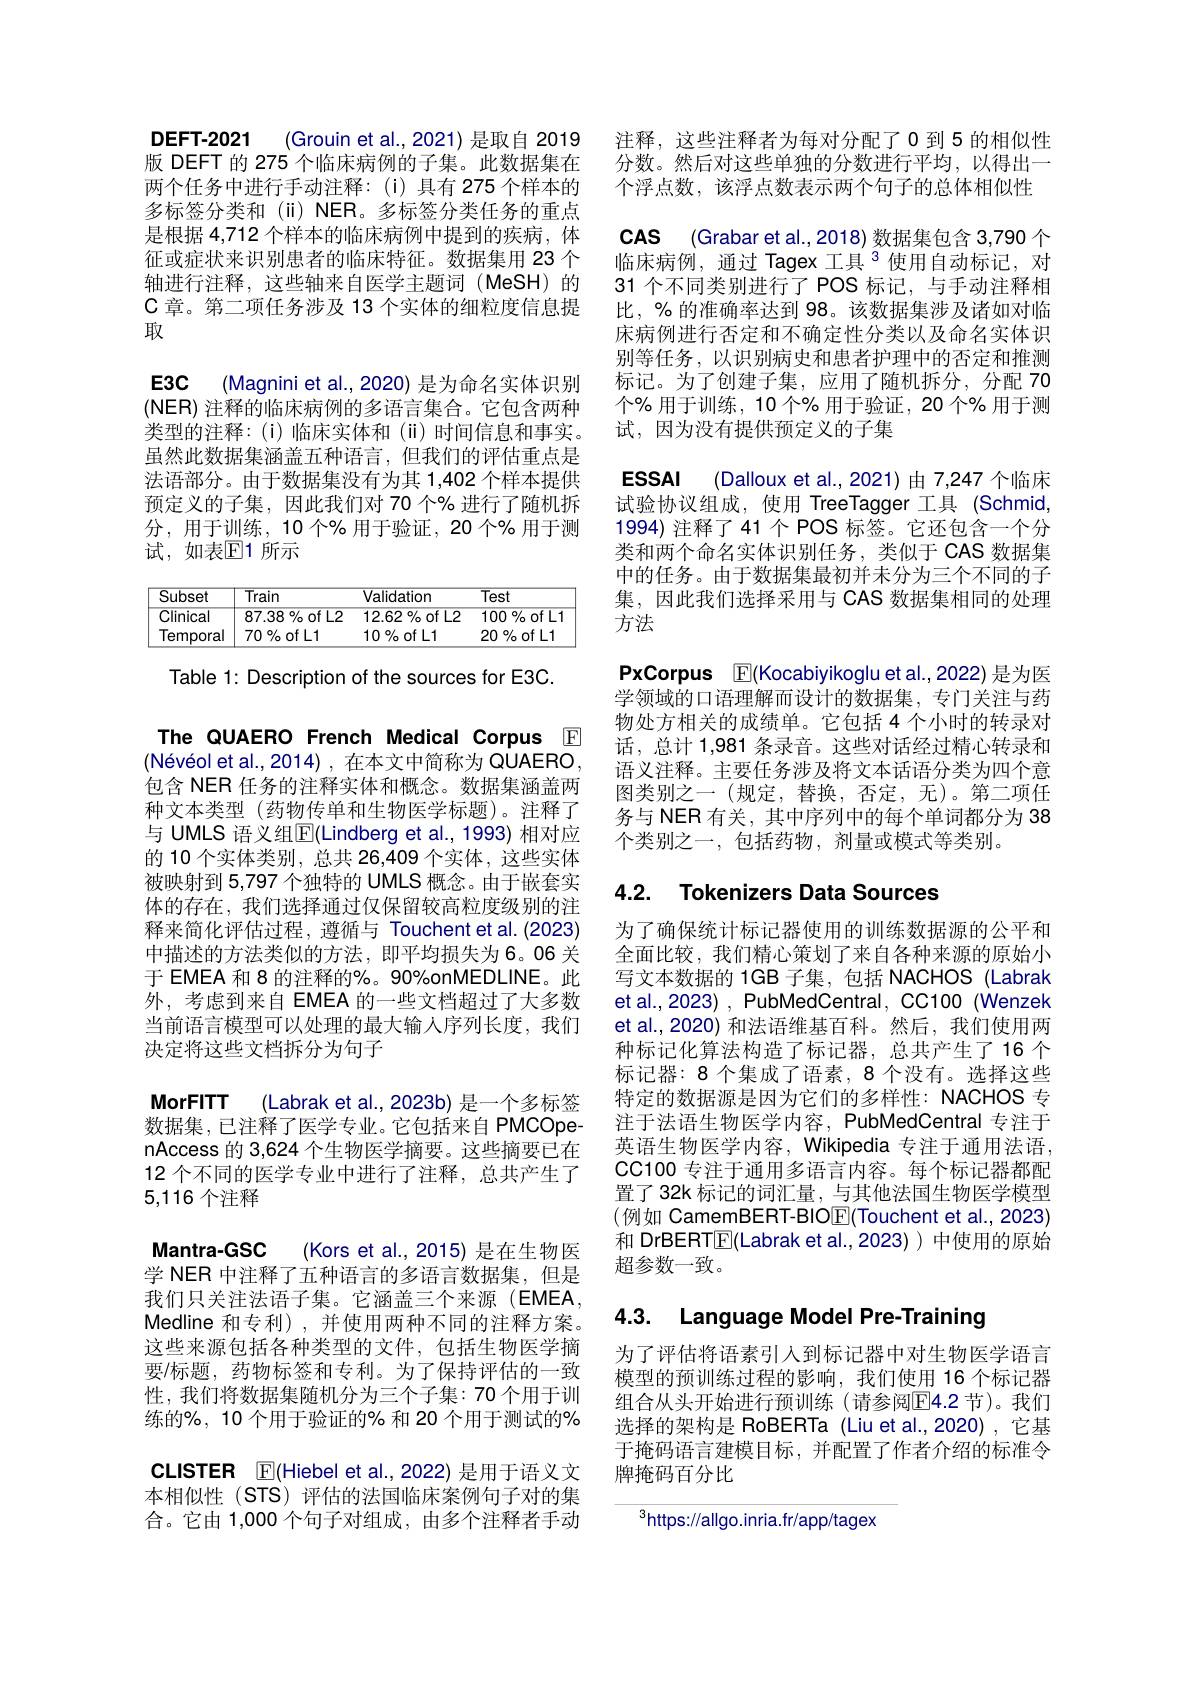
DEFT-2021 (Grouin et al.,2021) 是取自 2019版 DEFT 的 275 个临床病例的子集。此数据集在两个任务中进行手动注释：(i)具有 275 个样本的多标签分类和(ii)NER。多标签分类任务的重点是根据 4,712 个样本的临床病例中提到的疾病，体征或症状来识别患者的临床特征。数据集用 23 个轴进行注释，这些轴来自医学主题词(MeSH)的$\mathcal{C}$章。第二项任务涉及 13 个实体的细粒度信息提取
E3C (Magnini et al.,2020) 是为命名实体识别$(\mathsf{NER})$注释的临床病例的多语言集合。它包含两种类型的注释：(i)临床实体和(ii)时间信息和事实。虽然此数据集涵盖五种语言，但我们的评估重点是法语部分。由于数据集没有为其 1,402 个样本提供预定义的子集，因此我们对 70 个% 进行了随机拆分，用于训练，10个%用于验证，20个%用于测试，如表$\mathbb{E}$1 所示

<table>
	<tbody>
		<tr>
			<th>Subset</th>
			<th>$\overline{\text{Train}}$</th>
			<th>Validation</th>
			<th>$\overline{\text{Test}}$</th>
		</tr>
		<tr>
			<td>Clinical</td>
			<td>$87.38\%$of L2</td>
			<td>$12.62\%$of L2</td>
			<td>$L:$ 100 $\%of$</td>
		</tr>
		<tr>
			<td>Temporal</td>
			<td>$70\%$of L1</td>
			<td>$10\%$of L1</td>
			<td>$20\%$of L1</td>
		</tr>
	</tbody>
</table>

Table 1: Description of the sources for E3C.

The QUAERO French Medical Corpus E (Névéol et al.,2014),在本文中简称为 QUAERO, 包含 NER 任务的注释实体和概念。数据集涵盖两种文本类型 (药物传单和生物医学标题)。注释了与 UMLS 语义组$\mathbb{E}($Lindberg et al.,1993)相对应的 10 个实体类别，总共 26,409 个实体，这些实体被映射到 5,797 个独特的 UMLS 概念。由于嵌套实体的存在，我们选择通过仅保留较高粒度级别的注释来简化评估过程，遵循与 Touchent et al.(2023) 中描述的方法类似的方法，即平均损失为6。06 关于 EMEA 和 8 的注释的%。90%onMEDLINE。此外，考虑到来自 EMEA 的一些文档超过了大多数当前语言模型可以处理的最大输人序列长度，我们决定将这些文档拆分为句子

MorFITT (Labrak et al.,2023b) 是一个多标签数据集，已注释了医学专业。它包括来自 PMCOpenAccess 的 3,624 个生物医学摘要。这些摘要已在12 个不同的医学专业中进行了注释，总共产生了5,116个注释
Mantra-GSC (Kors et al., 2015) 是在生物医学 NER 中注释了五种语言的多语言数据集，但是我们只关注法语子集。它涵盖三个来源(EMEA, Medline 和专利),并使用两种不同的注释方案。这些来源包括各种类型的文件，包括生物医学摘要/标题，药物标签和专利。为了保持评估的一致性，我们将数据集随机分为三个子集：70 个用于训练的%, 10 个用于验证的% 和 20 个用于测试的% CLISTER $\mathbb{F}($Hiebel et al.,2022) 是用于语义文本相似性(STS)评估的法国临床案例句子对的集合。它由 1,000 个句子对组成，由多个注释者手动

ESSAI (Dalloux et al.,2021)由 7,247 个临床

注释，这些注释者为每对分配了0到5的相似性分数。然后对这些单独的分数进行平均，以得出一个浮点数，该浮点数表示两个句子的总体相似性
CAS (Grabaret al.,2018) 数据集包含 3,790 个临床病例，通过 Tagex 工具$^{3}$ 使用自动标记，对31 个不同类别进行了 POS 标记，与手动注释相比，%的准确率达到 98。该数据集涉及诸如对临床病例进行否定和不确定性分类以及命名实体识别等任务，以识别病史和患者护理中的否定和推测标记。为了创建子集，应用了随机拆分，分配 70个% 用于训练，10 个% 用于验证，20 个% 用于测试，因为没有提供预定义的子集
试验协议组成，使用 TreeTagger 工具(Schmid, 1994) 注释了 41 个 POS 标签。它还包含一个分类和两个命名实体识别任务，类似于 CAS 数据集中的任务。由于数据集最初并未分为三个不同的子集，因此我们选择采用与 CAS 数据集相同的处理方法
PxCorpus $\boxed{\mathbb{F}}($Kocabiyikoglu et al.,2022) 是为医学领域的口语理解而设计的数据集，专门关注与药物处方相关的成绩单。它包括 4 个小时的转录对话，总计 1,981 条录音。这些对话经过精心转录和语义注释。主要任务涉及将文本话语分类为四个意图类别之一(规定，替换，否定，无)。第二项任务与 NER 有关，其中序列中的每个单词都分为 38个类别之一，包括药物，剂量或模式等类别。

# 4.2. Tokenizers Data Sources

为了确保统计标记器使用的训练数据源的公平和全面比较，我们精心策划了来自各种来源的原始小写文本数据的 1GB 子集，包括 NACHOS (Labrak et al., 2023) , PubMedCentral, CC100 (Wenzek et al., 2020) 和法语维基百科。然后，我们使用两种标记化算法构造了标记器，总共产生了16个标记器：8个集成了语素，8个没有。选择这些特定的数据源是因为它们的多样性：NACHOS 专注于法语生物医学内容，PubMedCentral 专注于英语生物医学内容，Wikipedia 专注于通用法语， CC100 专注于通用多语言内容。每个标记器都配置了32k 标记的词汇量，与其他法国生物医学模型(例如 CamemBERT-BIOE(Touchent et al., 2023) 和 DrBERTE(Labrak et al.,2023))中使用的原始超参数一致。

# 4.3. Language Model Pre-Training

为了评估将语素引人到标记器中对生物医学语言模型的预训练过程的影响，我们使用 16 个标记器组合从头开始进行预训练(请参阅$\mathbb{E}$4.2 节)。我们选择的架构是 RoBERTa (Liu et al.,2020),它基于掩码语言建模目标，并配置了作者介绍的标准令牌掩码百分比

$^3$https://allgo.inria.fr/app/tagex